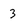
Character: 3